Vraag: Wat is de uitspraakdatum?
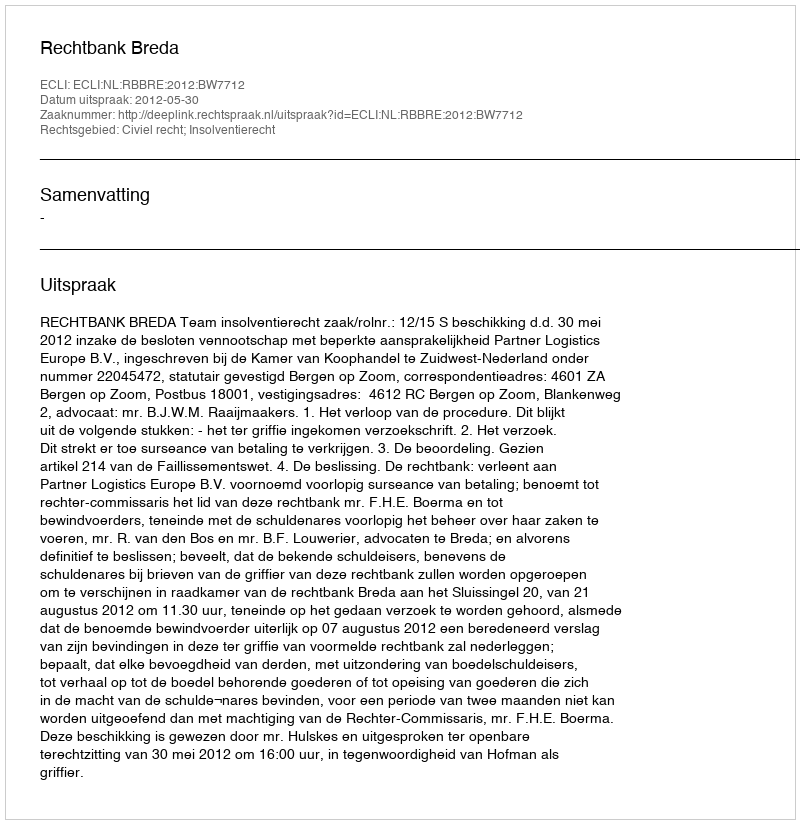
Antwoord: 2012-05-30